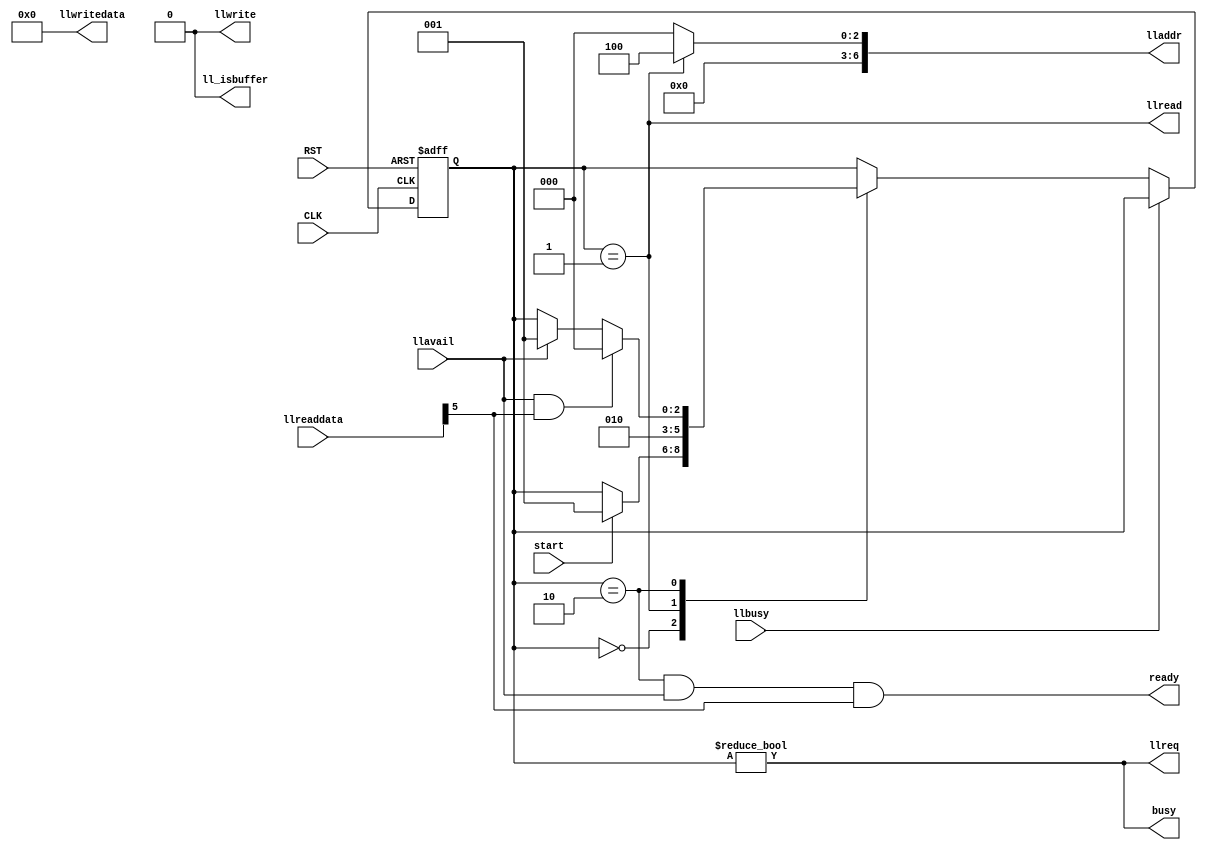

`define ADDR_BUSMODEREG_7_0     7'h00
`define ADDR_BUSMODEREG_15_8    7'h01
`define ADDR_STATUSREG_7_0      7'h04
`define ADDR_STATUSREG_15_8     7'h05
`define ADDR_STATUSREG_23_16    7'h06
`define ADDR_STATUSREG_31_24    7'h07
`define ADDR_ERRORREG_7_0       7'h08
`define ADDR_ERRORREG_15_8      7'h09
`define ADDR_ERRORREG_23_16     7'h0A
`define ADDR_ERRORREG_31_24     7'h0B
`define ADDR_CFGLBAREG_7_0      7'h0C
`define ADDR_CFGLBAREG_15_8     7'h0D
`define ADDR_CFGLBAREG_23_16    7'h0E
`define ADDR_CFGLBAREG_31_24    7'h0F
`define ADDR_MPULBAREG_7_0      7'h10
`define ADDR_MPULBAREG_15_8     7'h11
`define ADDR_MPULBAREG_23_16    7'h12
`define ADDR_MPULBAREG_31_24    7'h13
`define ADDR_SECCNTCMDREG_7_0   7'h14
`define ADDR_SECCNTCMDREG_15_8  7'h15
`define ADDR_VERSIONREG_7_0     7'h16
`define ADDR_VERSIONREG_15_8    7'h17
`define ADDR_CONTROLREG_7_0     7'h18
`define ADDR_CONTROLREG_15_8    7'h19
`define ADDR_CONTROLREG_23_16   7'h1A
`define ADDR_CONTROLREG_31_24   7'h1B
`define ADDR_FATSTATREG_7_0     7'h1C
`define ADDR_FATSTATREG_15_8    7'h1D
`define ADDR_DATABUFREG_7_0     7'h40
`define ADDR_DATABUFREG_15_8    7'h41

`define ADDR_BUSMODEREG_15_0    7'h00
`define ADDR_STATUSREG_15_0     7'h04
`define ADDR_STATUSREG_31_16    7'h06
`define ADDR_ERRORREG_15_0      7'h08
`define ADDR_ERRORREG_31_16     7'h0A
`define ADDR_CFGLBAREG_15_0     7'h0C
`define ADDR_CFGLBAREG_31_16    7'h0E
`define ADDR_MPULBAREG_15_0     7'h10
`define ADDR_MPULBAREG_31_16    7'h12
`define ADDR_SECCNTCMDREG_15_0  7'h14
`define ADDR_VERSIONREG_15_0    7'h16
`define ADDR_CONTROLREG_15_0    7'h18
`define ADDR_CONTROLREG_31_16   7'h1A
`define ADDR_FATSTATREG_15_0    7'h1C
`define ADDR_DATABUFREG_15_0    7'h40

module wait_for_buffer_ready
  (input CLK,
   input         RST,

   input         start,
   output        llread,
   output        llwrite,
   output [15:0] llwritedata,
   input [15:0]  llreaddata, 
   output [6:0]  lladdr,
   input         llavail,
   input         llbusy,
   output        llreq,
   output        ll_isbuffer,
   
   output        ready,
   output        busy
   );

`define W 3
   reg [`W-1:0]  state;
   
   parameter state_idle            = `W'b000;
   parameter state_databufrdy      = `W'b001;
   parameter state_wait_databufrdy = `W'b010;

`undef W

   assign lladdr = state == state_databufrdy ? `ADDR_STATUSREG_15_0
                   : 7'h00;
   
   assign llread = state == state_databufrdy;
   assign llwrite = 1'b0;
   assign ready  = (state == state_wait_databufrdy) && llavail && llreaddata[5];
   assign ll_isbuffer = 1'b0;

   assign llwritedata = 16'h0;

   assign busy = state != state_idle;

   assign llreq = state != state_idle;
   
   always @(posedge CLK or negedge RST)
     begin
        if (!RST)
          state <= state_idle;
        else
          if (!llbusy) begin
             case (state)
               state_idle:
                 if (start)
                   state <= state_databufrdy;

               state_databufrdy:
                 state <= state_wait_databufrdy;

               state_wait_databufrdy:
                 if (llavail && llreaddata[5]) // Data buffer ready!
                   state <= state_idle;
                 else if (llavail)
                   state <= state_databufrdy; // Data buffer not ready...
               default:;                           // impossible
             endcase // case (state)
          end
     end // always @ (posedge CLK or negedge RST)
endmodule // wait_for_buffer_ready

module read_data_buffer
  (input CLK,
   input         RST,

   input         start,
   output        llread,
   output        llwrite,
   output [15:0] llwritedata,
   input [15:0]  llreaddata, 
   output [6:0]  lladdr,
   input         llavail,
   input         llbusy,
   output        llreq,
   output        ll_isbuffer,
   
   output        start_buffer_ready,
   input         buffer_ready,
   input         buffer_ready_busy,

   output        sysace_read_avail,

   output        busy
   );

`define W 7
   reg [`W-1:0]  state;
   
   parameter state_idle                  = `W'b000_0001;
   parameter state_wait_for_buffer_ready = `W'b000_0010;
   parameter state_consume               = `W'b000_0100;
   parameter state_transfer              = `W'b000_1000;
   parameter state_last_word             = `W'b001_0000;
   parameter state_blank_read            = `W'b010_0000;
   parameter state_blank                 = `W'b100_0000;
`undef W

   reg [7:0] counter;
   parameter max_counter = 8'd255;

   reg [3:0] w_counter;
   parameter max_w_counter = 4'd10;

   assign llwrite = 1'b0;
   assign llread = state == state_consume || state == state_transfer || state == state_blank_read;
   assign llwritedata = 16'h0000;
   assign lladdr = state == state_blank_read ? `ADDR_STATUSREG_15_0 : 
                   `ADDR_DATABUFREG_15_0;
   assign ll_isbuffer = state != state_blank && state != state_blank_read;

   assign busy = state != state_idle;
   assign llreq = state != state_idle
                  && state != state_wait_for_buffer_ready;

   assign start_buffer_ready = state == state_wait_for_buffer_ready;

   assign sysace_read_avail
     = (state == state_transfer || state == state_last_word) && llavail;

   always @(posedge CLK or negedge RST)
     begin
        if (!RST)
          state <= state_idle;
        else
          case (state)
            state_idle:
              if (start)
                state <= state_wait_for_buffer_ready;

            state_wait_for_buffer_ready:
              if (buffer_ready)
                state <= state_consume;

            state_consume:
              if (llavail)
                state <= state_transfer;
            
            state_transfer:
              if (counter == max_counter)
                state <= state_last_word;

            state_last_word:
              if (llavail)
                state <= state_blank_read;

            state_blank_read:
              if (w_counter == max_w_counter)
                state <= state_blank;

            state_blank:
              if (w_counter == max_w_counter)
                state <= state_idle;
          endcase // case (state)
     end // always @ (posedge CLK or negedge RST)

   always @(posedge CLK or negedge RST)
     begin
        if (!RST)
          counter <= 8'h00;
        else begin
           case (state)
             state_transfer:
               if (llavail)
                 counter <= counter + 1;

             default:
               counter <= 8'h00;
           endcase // case (state)
        end // else: !if(!RST)
     end // always @ (posedge CLK or negedge RST)

   always @(posedge CLK or negedge RST)
     begin
        if (!RST)
          w_counter <= 4'd0;
        else
          case (state)
            state_blank, state_blank_read:
              if (w_counter == max_w_counter)
                w_counter <= 4'd0;
              else
                w_counter <= w_counter + 4'd1;
            default:
              w_counter <= 4'd0;
          endcase // case (state)
     end
endmodule // read_data_buffer

module get_cf_lock
  (input CLK,
   input         RST,

   input         start,
   output        llread,
   output        llwrite,
   output [15:0] llwritedata,
   input [15:0]  llreaddata, 
   output [6:0]  lladdr,
   input         llavail,
   input         llbusy,
   output        llreq,
   output        ll_isbuffer,

   output        busy
   );

`define W 3
   reg [`W-1:0] state;

   parameter state_idle         = `W'b000;
   parameter state_lockreq      = `W'b001;
   parameter state_mpulock      = `W'b010;
   parameter state_wait_mpulock = `W'b100;
`undef W
 
   assign llread = state == state_mpulock;
   assign llwrite = state == state_lockreq;
   assign llwritedata = 16'b0000_0000_0000_0010;
   assign lladdr = state == state_lockreq ? `ADDR_CONTROLREG_15_0 :
                   state == state_mpulock ? `ADDR_STATUSREG_15_0 :
                   7'h00;
   assign llreq = state != state_idle;
   assign ll_isbuffer = 1'b0;
   assign busy  = state != state_idle;
   
   always @(posedge CLK or negedge RST)
     begin
        if (!RST)
          state <= state_idle;
        else
          case (state)
            state_idle:
              if (start)
                state <= state_lockreq;

            state_lockreq:
              if (!llbusy)
                state <= state_mpulock;
            
            state_mpulock:
              if (!llbusy)
                state <= state_wait_mpulock;
            
            state_wait_mpulock:
              if (llavail && llreaddata[1])
                state <= state_idle;
              else if (llavail)
                state <= state_lockreq;
            
            default:
              ;
          endcase // case (state)
     end

endmodule // get_cf_lock

module check_if_ready_for_command
  (input CLK,
   input         RST,

   input         start,
   output        llread,
   output        llwrite,
   output [15:0] llwritedata,
   input [15:0]  llreaddata, 
   output [6:0]  lladdr,
   input         llavail,
   input         llbusy,
   output        llreq,
   output        ll_isbuffer,

   output        busy
   );

`define W 2
   reg [`W-1:0] state;

   parameter state_idle = `W'b00;
   parameter state_rdyforcmd = `W'b01;
   parameter state_wait_rdyforcmd = `W'b10;
`undef W

   assign llread = state == state_rdyforcmd;
   assign llwrite = 1'b0;
   assign llwritedata = 16'h0000;
   assign lladdr = `ADDR_STATUSREG_15_0;
   assign llreq = state != state_idle;
   assign ll_isbuffer = 1'b0;
   assign busy = state != state_idle;

   always @(posedge CLK or negedge RST)
     begin
        if (!RST)
          state <= state_idle;
        else
          case (state)
            state_idle:
              if (start)
                state <= state_rdyforcmd;

            state_rdyforcmd:
              state <= state_wait_rdyforcmd;

            state_wait_rdyforcmd:
              if (llavail && llreaddata[8])
                state <= state_idle;
              else if (llavail)
                state <= state_rdyforcmd;
            default:
              ;
          endcase // case (state)
     end
endmodule // check_if_ready_for_command

module read_sector_data   
  (input CLK,
   input         RST,

   input         start,
   output        llread,
   output        llwrite,
   output [15:0] llwritedata,
   input [15:0]  llreaddata, 
   output [6:0]  lladdr,
   input         llavail,
   input         llbusy,
   output        llreq,
   output        ll_isbuffer,

   output        start_get_lock,
   input         busy_get_lock,

   output        start_check_if_ready_for_command,
   input         busy_check_if_ready_for_command,

   output        start_read_data_buffer,
   input         busy_read_data_buffer, 

   output        busy,

   input [27:0]  mpulba,
   input [7:0]   nsectors
   );

`define W 14
   reg [`W-1:0]  state;

//   parameter   state_wait_initial                    = `W'b1_0000_0000_0000;
   parameter   state_idle                            = `W'b00_0000_0000_0000;
   parameter   state_get_lock                        = `W'b00_0000_0000_0001;
   parameter   state_wait_busy_get_lock              = `W'b00_0000_0000_0010;
   parameter   state_check_if_ready_for_command      = `W'b00_0000_0000_0100;
   parameter   state_wait_check_if_ready_for_command = `W'b00_0000_0000_1000;
   parameter   state_set_mpu_lba_15_0                = `W'b00_0000_0001_0000;
   parameter   state_set_mpu_lba_27_16               = `W'b00_0000_0010_0000;
   parameter   state_set_sector_control              = `W'b00_0000_0100_0000;
   parameter   state_set_reset                       = `W'b00_0000_1000_0000;
   parameter   state_read_buffer                     = `W'b00_0001_0000_0000;
   parameter   state_wait_read_buffer                = `W'b00_0010_0000_0000;
   parameter   state_clear_config_reset              = `W'b00_0100_0000_0000;
   parameter   state_initial                         = `W'b00_1000_0000_0000;
   parameter   state_readback_init                   = `W'b01_0000_0000_0000;
   parameter   state_wait_readback_init              = `W'b10_0000_0000_0000;
`undef W

   parameter cmd_ResetMemCard     = 3'h1;
   parameter cmd_IdentifyMemCard  = 3'h2;
   parameter cmd_ReadMemCardData  = 3'h3;
   parameter cmd_WriteMemCardData = 3'h4;
   parameter cmd_Abort            = 3'h6;

   assign start_get_lock
     = state == state_get_lock;
   assign start_check_if_ready_for_command 
     = state == state_check_if_ready_for_command;
   assign start_read_data_buffer
     = state == state_read_buffer;
   assign llreq
     = state != state_idle
       && state != state_wait_readback_init
       // Other modules
       && state != state_get_lock
       && state != state_wait_busy_get_lock
       && state != state_check_if_ready_for_command
       && state != state_wait_check_if_ready_for_command
       && state != state_read_buffer
       && state != state_wait_read_buffer;
   assign llwrite 
     = llreq
       && state != state_readback_init;
   assign llread
     = state == state_readback_init;
   assign llwritedata 
     = state == state_initial ? 16'h0001 :
       state == state_set_mpu_lba_15_0 ? mpulba[15:0] :
       state == state_set_mpu_lba_27_16 ? {4'h0, mpulba[27:16]} :
       state == state_set_sector_control ? {5'd0, cmd_ReadMemCardData, nsectors} :
       state == state_set_reset ? 16'h0008 :
       state == state_clear_config_reset ?  16'h0000 :
       16'hxxxx;
   assign lladdr 
     = state == state_initial ? `ADDR_BUSMODEREG_15_0 :
       state == state_readback_init ? `ADDR_BUSMODEREG_15_0 :
       state == state_set_mpu_lba_15_0 ? `ADDR_MPULBAREG_15_0 :
       state == state_set_mpu_lba_27_16 ? `ADDR_MPULBAREG_31_16 :
       state == state_set_sector_control ? `ADDR_SECCNTCMDREG_15_0 :
       state == state_set_reset ? `ADDR_CONTROLREG_15_0 :
       state == state_clear_config_reset ? `ADDR_CONTROLREG_15_0 :
       7'hxx;
   assign ll_isbuffer = 1'b0;

   assign start_get_lock
     = state == state_get_lock;
   assign start_check_if_ready_for_command
     = state == state_check_if_ready_for_command;
   assign start_read_data_buffer
     = state == state_read_buffer;

   assign busy
     = state != state_idle;

   // assign sysace_read_data
   //   = llreaddata;
   // assign sysace_read_avail
   //   = state == state_wait_read_buffer && llavail;

   reg [7:0]     counter;

   always @(posedge CLK or negedge RST)
     begin
        if (!RST)
          state <= state_idle;
        else begin
           case (state)
             state_idle:
               if (start)
                 state <= state_initial;

             state_initial:
               if (!llbusy)
                 state <= state_readback_init;

             state_readback_init:
               if (!llbusy)
                 state <= state_wait_readback_init;

             state_wait_readback_init:
               if (llavail)
                 state <= state_get_lock;

             state_get_lock:
               state <= state_wait_busy_get_lock;

             state_wait_busy_get_lock:
               if (!busy_get_lock)
                 state <= state_check_if_ready_for_command;

             state_check_if_ready_for_command:
               state <= state_wait_check_if_ready_for_command;

             state_wait_check_if_ready_for_command:
               if (!busy_check_if_ready_for_command)
                 state <= state_set_mpu_lba_15_0;

             state_set_mpu_lba_15_0:
               if (!llbusy)
                 state <= state_set_mpu_lba_27_16;

             state_set_mpu_lba_27_16:
               if (!llbusy)
                 state <= state_set_sector_control;

             state_set_sector_control:
               if (!llbusy)
                 state <= state_set_reset;

             state_set_reset:
               if (!llbusy)
                 state <= state_read_buffer;

             state_read_buffer:
               state <= state_wait_read_buffer;

             state_wait_read_buffer:
               if (!busy_read_data_buffer) begin
                  if (counter == 8'd0)
                    state <= state_clear_config_reset;
                  else
                    state <= state_read_buffer;
               end

             state_clear_config_reset:
               if (!llbusy)
                 state <= state_idle;

           endcase
        end
     end // always @ (posedge CLK or negedge RST)

   always @(posedge CLK or negedge RST)
     begin
        if (!RST)
          counter <= 8'h00;
        else
          case (state)
            state_idle:
              counter <= nsectors;
            state_read_buffer:
              if (!busy_read_data_buffer)
                counter <= counter - 8'd1;
          endcase // case (state)
     end

endmodule // read_sector_data

module arbiter
  (input CLK,
   input         RST,

   input         req1,
   input         req2,
   input         req3,
   input         req4,
   input         req5,

   input [25:0]  data1,
   input [25:0]  data2,
   input [25:0]  data3,
   input [25:0]  data4,
   input [25:0]  data5,

   output [25:0] dataout);

   assign dataout
     = req1 ? data1 :
       req2 ? data2 :
       req3 ? data3 :
       req4 ? data4 :
       req5 ? data5 :
       26'h0;

endmodule // arbiter

module systemace
  (input CLK,                   // Up to 33MHz
   input         RST,

   output        llread,
   output        llwrite,
   output [15:0] llwritedata,
   output [6:0]  lladdr,
   input [15:0]  llreaddata,
   input         llavail,
   input         llbusy,
   output        ll_isbuffer,

   input [27:0]  mpulba,
   input [7:0]   nsectors,

   input         start,
   output        busy,

   output [15:0] sysace_read_data,
   output        sysace_read_avail
   );

   reg [27:0]    mpulba_r;
   reg [7:0]     nsectors_r;

   // --------------------------------------------------
   wire          start_wbr;
   wire          llread_wbr;
   wire          llwrite_wbr;
   wire [15:0]   llwritedata_wbr;
   wire [6:0]    lladdr_wbr;
   wire          llreq_wbr;
   wire          ll_isbuffer_wbr;

   wire [25:0]   bundle_wbr;

   wire          ready_wbr;
   wire          busy_wbr;
   
   // --------------------------------------------------
   wire          start_rdb;
   wire          llread_rdb;
   wire          llwrite_rdb;
   wire [15:0]   llwritedata_rdb;
   wire [6:0]    lladdr_rdb;
   wire          llreq_rdb;
   wire          ll_isbuffer_rdb;

   wire [25:0]   bundle_rdb;

   wire          busy_rdb;

   // --------------------------------------------------
   wire          start_gcl;
   wire          llread_gcl;
   wire          llwrite_gcl;
   wire [15:0]   llwritedata_gcl;
   wire [6:0]    lladdr_gcl;
   wire          llreq_gcl;
   wire          ll_isbuffer_gcl;

   wire [25:0]   bundle_gcl;

   wire          busy_gcl;

   // --------------------------------------------------
   wire          start_crc;
   wire          llread_crc;
   wire          llwrite_crc;
   wire [15:0]   llwritedata_crc;
   wire [6:0]    lladdr_crc;
   wire          llreq_crc;
   wire          ll_isbuffer_crc;

   wire [25:0]   bundle_crc;

   wire          busy_crc;

   // --------------------------------------------------
   wire          llread_rsd;
   wire          llwrite_rsd;
   wire [15:0]   llwritedata_rsd;
   wire [6:0]    lladdr_rsd;
   wire          llreq_rsd;
   wire          ll_isbuffer_rsd;

   wire [25:0]   bundle_rsd;

   wire [25:0]   bundle_all;

   assign bundle_wbr = {llread_wbr, llwrite_wbr, llwritedata_wbr, lladdr_wbr, ll_isbuffer_wbr};
   assign bundle_rdb = {llread_rdb, llwrite_rdb, llwritedata_rdb, lladdr_rdb, ll_isbuffer_rdb};
   assign bundle_gcl = {llread_gcl, llwrite_gcl, llwritedata_gcl, lladdr_gcl, ll_isbuffer_gcl};
   assign bundle_crc = {llread_crc, llwrite_crc, llwritedata_crc, lladdr_crc, ll_isbuffer_crc};
   assign bundle_rsd = {llread_rsd, llwrite_rsd, llwritedata_rsd, lladdr_rsd, ll_isbuffer_rsd};

   assign {llread, llwrite, llwritedata, lladdr, ll_isbuffer} = bundle_all;

   assign sysace_read_data = llreaddata;
   
   arbiter arbit
     (.CLK(CLK),
      .RST(RST),

      .req1(llreq_wbr),
      .req2(llreq_rdb),
      .req3(llreq_gcl),
      .req4(llreq_crc),
      .req5(llreq_rsd),

      .data1(bundle_wbr),
      .data2(bundle_rdb),
      .data3(bundle_gcl),
      .data4(bundle_crc),
      .data5(bundle_rsd),

      .dataout(bundle_all)
      );

   wait_for_buffer_ready wbr
     (.CLK(CLK),
      .RST(RST),
      
      .start(start_wbr),
      .llread(llread_wbr),
      .llwrite(llwrite_wbr),
      .llwritedata(llwritedata_wbr),
      .llreaddata(llreaddata),
      .lladdr(lladdr_wbr),
      .llavail(llavail),
      .llbusy(llbusy),
      .llreq(llreq_wbr),
      .ll_isbuffer(ll_isbuffer_wbr),

      .ready(ready_wbr),
      .busy(busy_wbr)
      );

   read_data_buffer rdb
     (.CLK(CLK),
      .RST(RST),

      .start(start_rdb),
      .llread(llread_rdb),
      .llwrite(llwrite_rdb),
      .llwritedata(llwritedata_rdb),
      .llreaddata(llreaddata),
      .lladdr(lladdr_rdb),
      .llavail(llavail),
      .llbusy(llbusy),
      .llreq(llreq_rdb),
      .ll_isbuffer(ll_isbuffer_rdb),

      .start_buffer_ready(start_wbr),
      .buffer_ready(ready_wbr),
      .buffer_ready_busy(busy_wbr),

      .sysace_read_avail(sysace_read_avail),

      .busy(busy_rdb)
      );

   get_cf_lock gcl
     (.CLK(CLK),
      .RST(RST),

      .start(start_gcl),
      .llread(llread_gcl),
      .llwrite(llwrite_gcl),
      .llwritedata(llwritedata_gcl),
      .llreaddata(llreaddata),
      .lladdr(lladdr_gcl),
      .llavail(llavail),
      .llbusy(llbusy),
      .llreq(llreq_gcl),
      .ll_isbuffer(ll_isbuffer_gcl),

      .busy(busy_gcl)
      );

   check_if_ready_for_command crc
     (.CLK(CLK),
      .RST(RST),

      .start(start_crc),
      .llread(llread_crc),
      .llwrite(llwrite_crc),
      .llwritedata(llwritedata_crc),
      .llreaddata(llreaddata),
      .lladdr(lladdr_crc),
      .llavail(llavail),
      .llbusy(llbusy),
      .llreq(llreq_crc),
      .ll_isbuffer(ll_isbuffer_crc),

      .busy(busy_crc)
      );

   read_sector_data rsd
     (.CLK(CLK),
      .RST(RST),

      .start(start),
      .llread(llread_rsd),
      .llwrite(llwrite_rsd),
      .llwritedata(llwritedata_rsd),
      .llreaddata(llreaddata),
      .lladdr(lladdr_rsd),
      .llavail(llavail),
      .llbusy(llbusy),
      .llreq(llreq_rsd),
      .ll_isbuffer(ll_isbuffer_rsd),

      .mpulba(mpulba),
      .nsectors(nsectors),

      .start_get_lock(start_gcl),
      .busy_get_lock(busy_gcl),

      .start_check_if_ready_for_command(start_crc),
      .busy_check_if_ready_for_command(busy_crc),

      .start_read_data_buffer(start_rdb),
      .busy_read_data_buffer(busy_rdb),

      .busy(busy)
      );

   always @(posedge CLK or negedge RST)
     begin
        if (!RST) begin
           mpulba_r <= 28'h0;
           nsectors_r <= 8'h0;
        end else begin
           if (!busy) begin
              mpulba_r <= mpulba;
              nsectors_r <= nsectors;
           end
        end
     end

endmodule // systemace